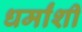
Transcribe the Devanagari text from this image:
धर्मांशी